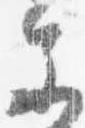
参